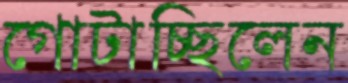
গোটাচ্ছিলেন